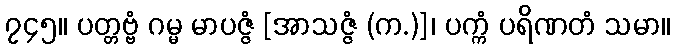
၇၄၅။ ပတ္တဗ္ဗံ ဂမ္မ မာပဇ္ဇံ [အာသဇ္ဇံ (က.)]၊ ပက္ကံ ပရိဏတံ သမာ။